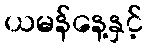
ယမန်နေ့နှင့်